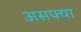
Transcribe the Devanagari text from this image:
असफ्या